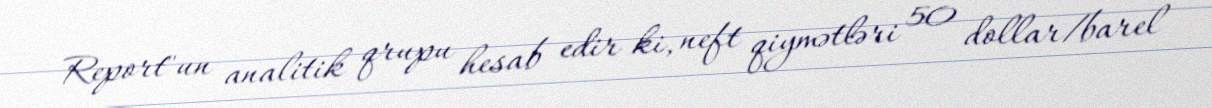
Report"un analitik qrupu hesab edir ki, neft qiymətləri 50 dollar/barel